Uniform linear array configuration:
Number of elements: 4
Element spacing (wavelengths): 0.5
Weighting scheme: blackman
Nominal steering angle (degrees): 60
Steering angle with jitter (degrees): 59.193
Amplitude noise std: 0.05
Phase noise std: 0.05

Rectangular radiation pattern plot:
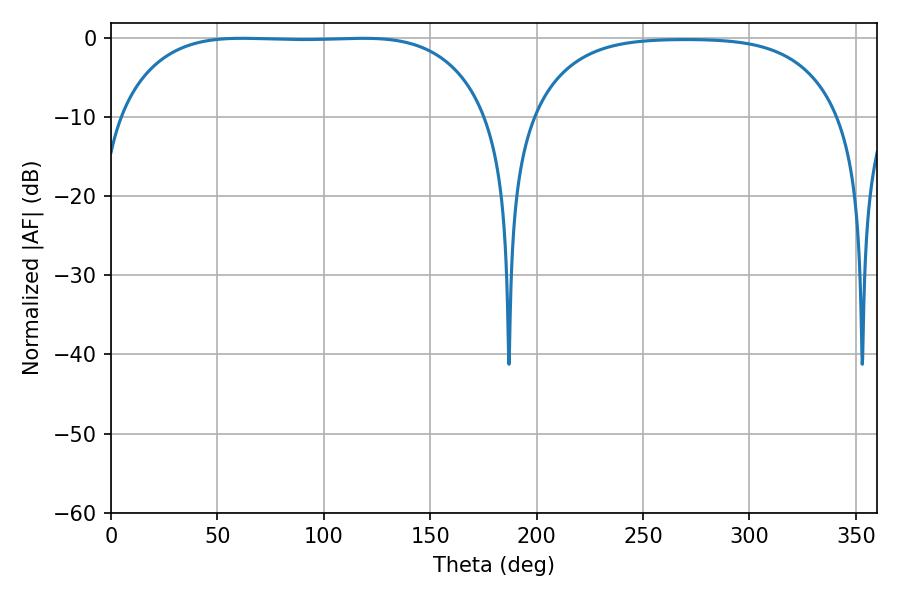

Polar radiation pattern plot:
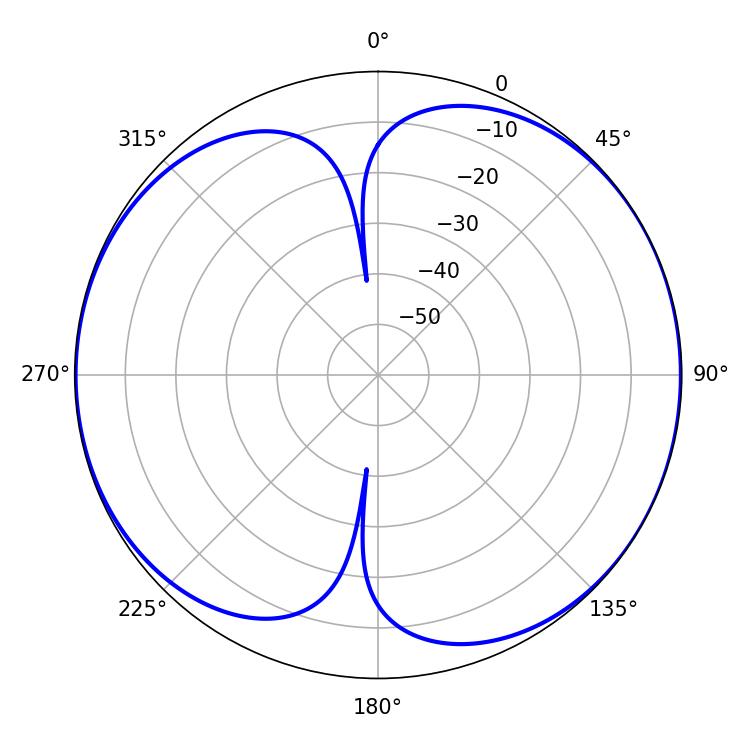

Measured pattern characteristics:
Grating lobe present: FALSE
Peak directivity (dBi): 7.785
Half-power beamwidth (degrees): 135.36
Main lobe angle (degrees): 61.38